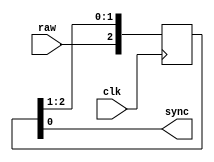
// Converted to Verilog from original VHDL code (c) 2013 mark watson

`timescale 1 ps / 1 ps

module synchronizer(clk, raw, sync);
   input      clk;
   input      raw;
   output     sync;
   
   wire [2:0] ff_next;
   reg [2:0]  ff_reg;
   
   always @(posedge clk)
      
         ff_reg <= ff_next;
   
   assign ff_next = {raw, ff_reg[2:1]};
   
   assign sync = ff_reg[0];
   
endmodule